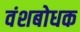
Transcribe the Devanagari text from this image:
वंशबोधक